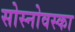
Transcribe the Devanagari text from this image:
सोस्नोवस्का